Civil Veterinary Department Bihar & Orissa reports 1929-36 - 1929-1936
Year: 1929
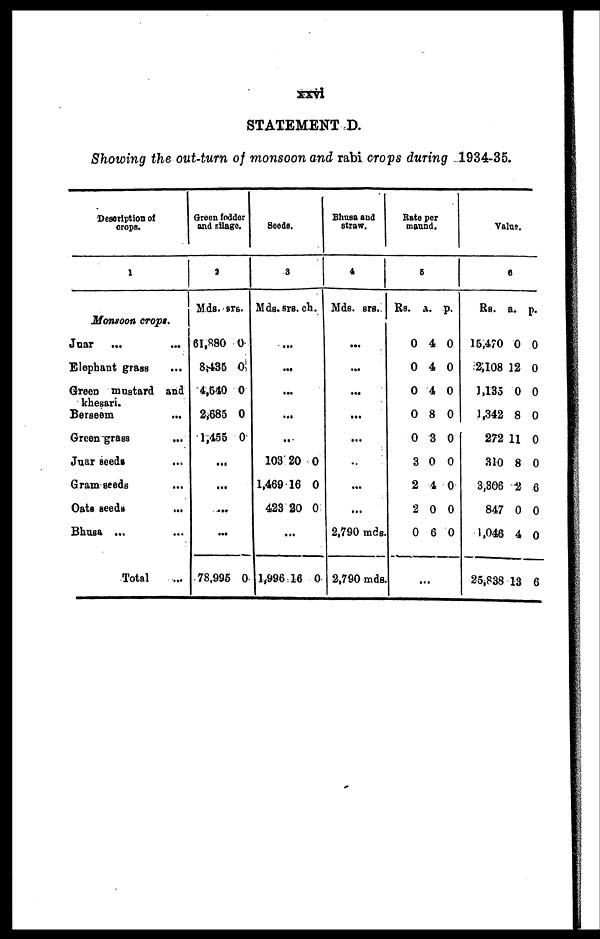
xxvi
STATEMENT D.
Showing the out-turn of monsoon and rabi crops during 1934-35.
Description of
crops.
1
Monsoon crops.
Juar ... ...
Elephant grass ...
Green mustard and
khesari.
Berseem ...
Green grass ...
Juar seeds ...
Gram seeds ...
Oats seeds ...
Bhusa ... ...
Total ...
Green fodder
and silage.
3
Mds. srs.
61,880 0
8,435 0
4,540 0
2,685 0
1,455 0
...
...
...
...
78,995 0
Seeds.
3
Mds. srs. ch.
...
...
...
...
..
103 20 0
1,469 16 0
423 20 0
...
1,996 16 0
Bhusa and
straw.
4
Mds. srs.
...
...
...
...
...
..
...
...
2,790 mds.
2,790 mds.
Bate per
maund.
6
Rs. a. p.
0 4 0
0 4 0
0 4 0
0 8 0
0 3 0
3 0 0
2 4 0
2 0 0
0 6 0
...
Value.
6
Rs. a. p.
15,470 0 0
2,108 12 0
1,133 0 0
1,342 8 0
272 11 0
310 8 0
3,306 2 6
847 0 0
1,046 4 0
25,838 13 6